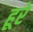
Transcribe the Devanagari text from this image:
हूरे